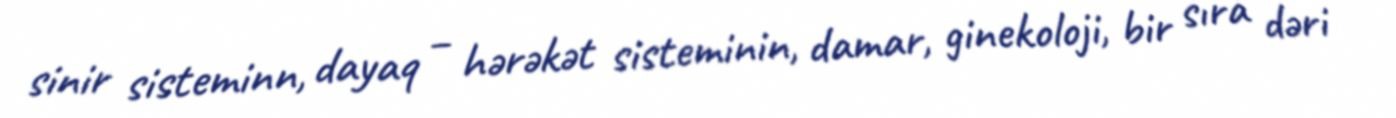
sinir sisteminn, dayaq – hərəkət sisteminin, damar, ginekoloji, bir sıra dəri